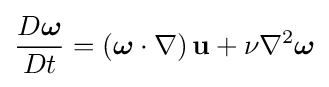
{\frac {D{\boldsymbol {\omega }}}{Dt}}=\left({\boldsymbol {\omega }}\cdot \nabla \right)\mathbf {u} +\nu \nabla ^{2}{\boldsymbol {\omega }}